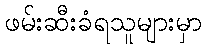
ဖမ်းဆီးခံရသူများမှာ